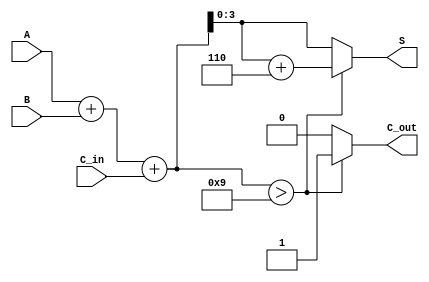
module BCD_Parallel_Adder (
    input  [3:0] A,        // First BCD digit
    input  [3:0] B,        // Second BCD digit
    input        C_in,      // Carry-in
    output reg [3:0] S,     // BCD sum output
    output reg       C_out   // Carry-out
);

    wire [4:0] Sum; // 5-bit wide to accommodate possible carry
    // Step 1: Perform binary addition
    assign Sum = A + B + C_in;

    always @(*) begin
        // Step 2: BCD Correction logic
        if (Sum > 9) begin
            S = Sum + 6; // Apply correction
            C_out = 1;   // Set carry out if correction is applied
        end else begin
            S = Sum[3:0]; // No correction needed, take lower 4 bits
            C_out = 0;    // No carry out if no correction
        end
    end

endmodule